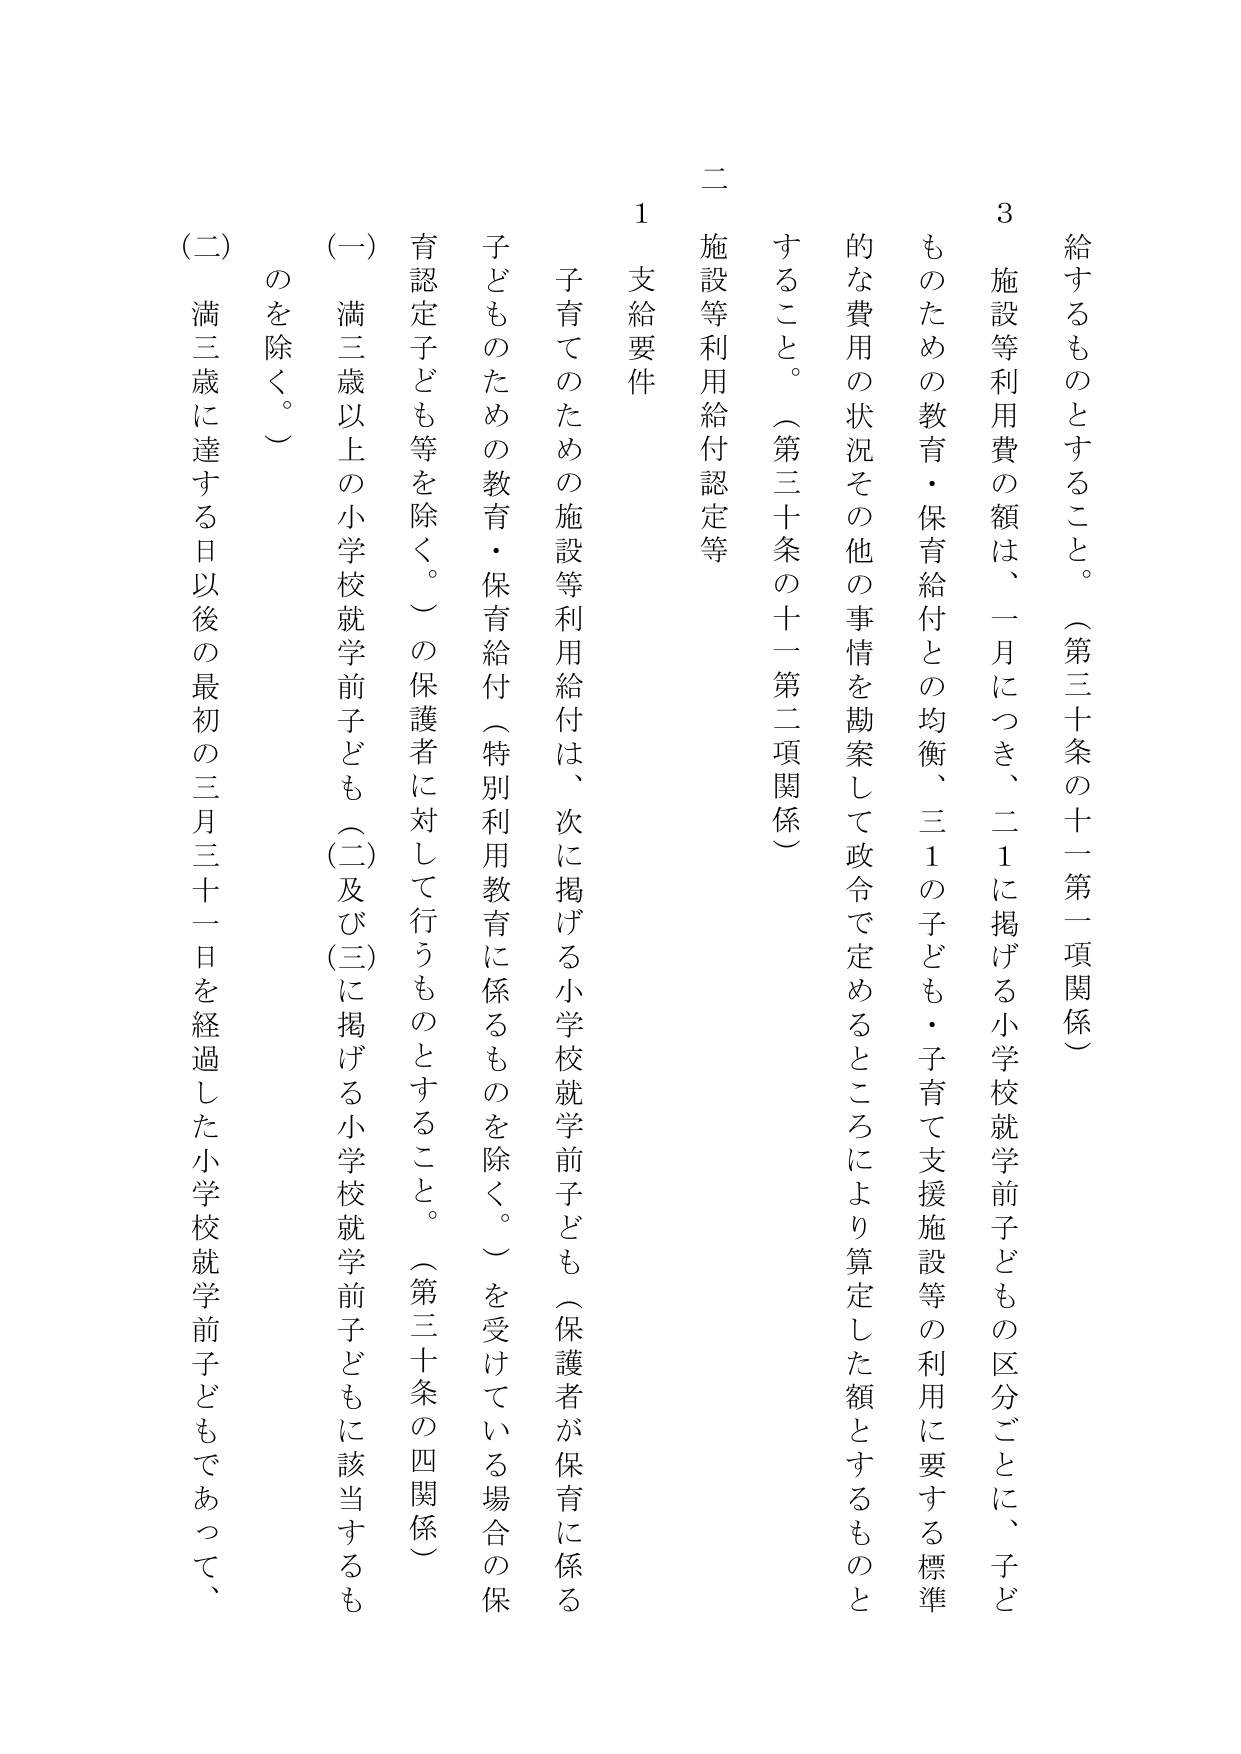
給するものとすること。（第三十条の十一第一項関係）

3 施設等利用費の額は、一月につき、二１に掲げる小学校就学前子どもの区分ごとに、子どものための教育・保育給付との均衡、三１の子ども・子育て支援施設等の利用に要する標準的な費用の状況その他の事情を勘案して政令で定めるところにより算定した額とするものとすること。（第三十条の十一第二項関係）

二 施設等利用給付認定等

1 支給要件

子育てのための施設等利用給付は、次に掲げる小学校就学前子ども（保護者が保育に係る子どものための教育・保育給付（特別利用教育に係るものを除く。）を受けている場合の保育認定子ども等を除く。）の保護者に対して行うものとすること。（第三十条の四関係）

（一） 満三歳以上的小学校就学前子ども（二）及び（三）に掲げる小学校就学前子どもに該当するものを除く。）

（二） 満三歳に達する日以後の最初の三月三十一日を経過した小学校就学前子どもであって、